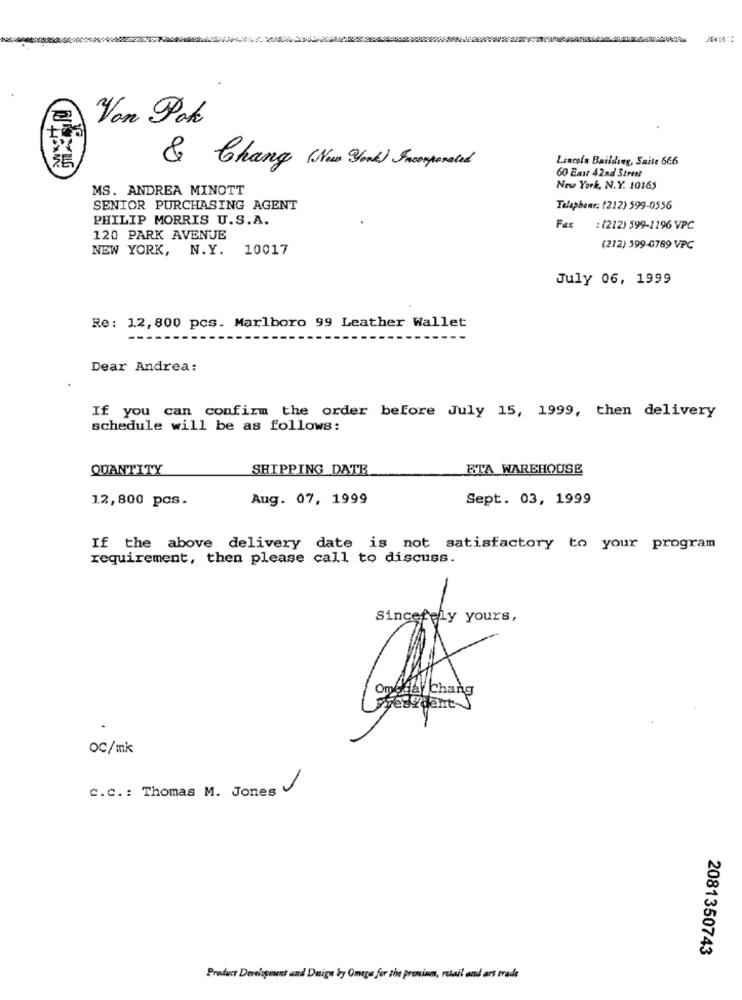
Von Pok
Linesin Bailding, Saite 666
SE
& Chang (New York) Fromporated
60 East 42nd Street
MS. ANDREA MINOTT
New York, N.Y. 10165
SENIOR PURCHASING AGENT
Telephone: (212) 599-0556
PHILIP MORRIS U.S.A.
Fax
: (212) 599-1196 VPC
120 PARK AVENUE
NEW YORK, N.Y. 10017
(212) 399-0789 VPC
July 06, 1999
Re: 12, 800 pcs. Marlboro 99 Leather Wallet
Dear Andrea:
If you can confirm the order before July 15, 1999, then delivery
schedule will be as follows:
QUANTITY
SHIPPING DATE
RTA WAREHOUSE
12,800 pcs.
Aug. 07, 1999
Sept. 03, 1999
If the above delivery date is not satisfactory to your program
requirement, then please call to discuss.
Sincerely yours,
Omeday Chang
resident J
OC/mk
C.c .: Thomas M. Jones
2081350743
Product Development and Daige by Omega for the premium, retail and are trade